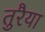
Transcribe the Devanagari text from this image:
तुरैया